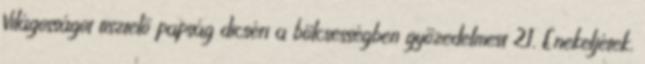
Világosságot tisztelő papság dicséri a bölcsességben győzedelmest 21. Énekeljétek,